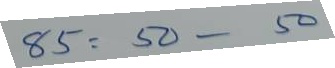
85 = 50 - 50